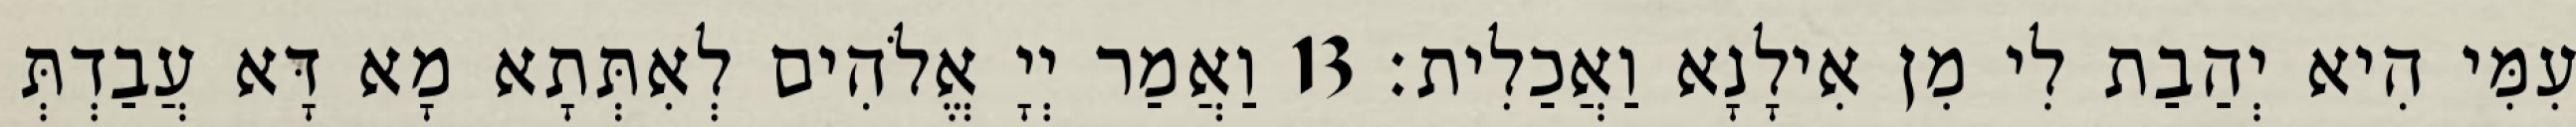
עִמִּי הִיא יְהַבַת לִי מִן אִילָנָא וַאֲכַלִית׃ 13 וַאֲמַר יְיָ אֱלֹהִים לְאִתְּתָא מָא דָּא עֲבַדְתְּ